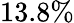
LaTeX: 13.8\%